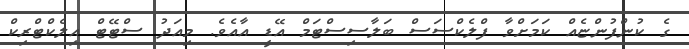
ގެ ކުންފުންޏެއް ކަމަށްވާ ފްލެކްސަސް ބަލާސިސްޓަމް އޭޑީ އާއެވެ. މިއަދު ސްޓޭޓް އިލެކްޓްރިކް